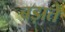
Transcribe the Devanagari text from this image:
बड़ाते